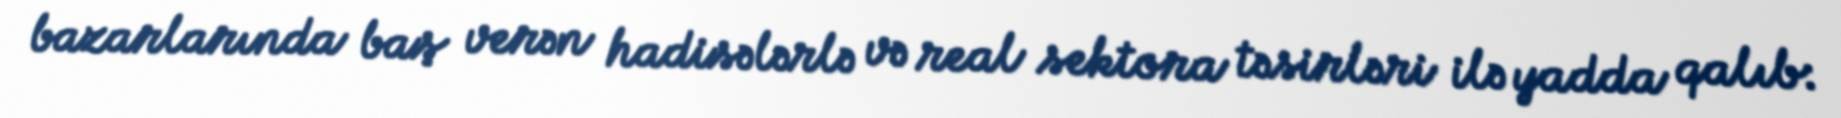
bazarlarında baş verən hadisələrlə və real sektora təsirləri ilə yadda qalıb: